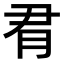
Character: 𪱛